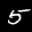
Label: 5